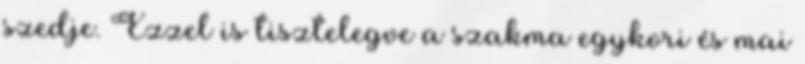
szedje. Ezzel is tisztelegve a szakma egykori és mai